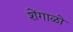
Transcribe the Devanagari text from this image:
शेंगाळो